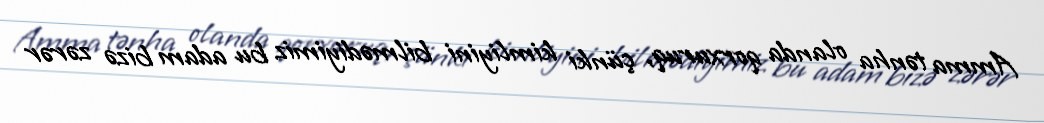
Amma tənha olanda qorxuruq, çünki kimliyini bilmədiyimiz bu adam bizə zərər